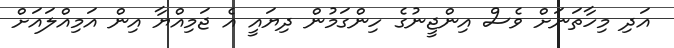
އަދި މިހާތަނަށް ވެސް އިންޖީނުގެ ހިންގަމުން ދިޔައީ އެ ޖަމިއްޔާ އިން އަމިއްލައަށް